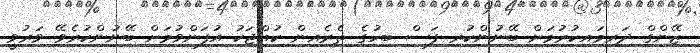
ޒޭންގް ދަރިމައިކުރުމަށް ބޭނުންކުރި ފަސް ބިހުގެ ތެރެއިން ކުއްޖަކު އުފަންވުމަށް ބޭނުންކުރެވޭ ވަރުވީ